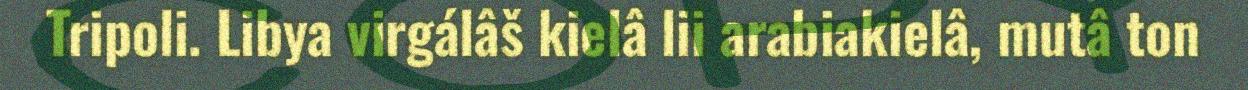
Tripoli. Libya virgálâš kielâ lii arabiakielâ, mutâ ton